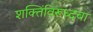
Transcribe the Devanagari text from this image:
शक्तिंविरूध्दचा